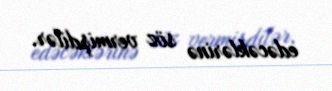
edəcəklərinə söz vermişdilər.